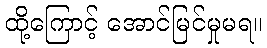
ထို့ကြောင့် အောင်မြင်မှုမရ။